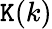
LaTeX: \mathtt{K}(k)